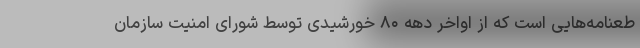
طعنامه‌هایی است که از اواخر دهه ۸۰ خورشیدی توسط شورای امنیت سازمان